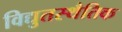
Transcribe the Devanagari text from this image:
विद्युतस्थैतिक